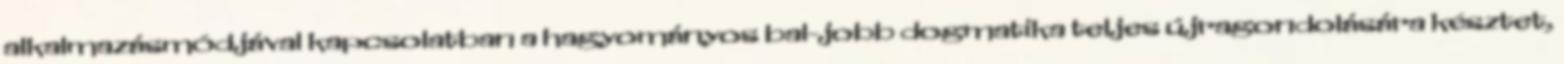
alkalmazásmódjával kapcsolatban a hagyományos bal-jobb dogmatika teljes újragondolására késztet,